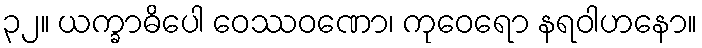
၃၂။ ယက္ခာဓိပေါ ဝေဿဝဏော၊ ကုဝေရော နရဝါဟနော။